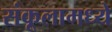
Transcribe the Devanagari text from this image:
संकूलामध्ये